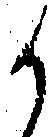
か